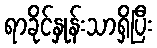
ရာခိုင်နှုန်းသာရှိပြီး